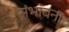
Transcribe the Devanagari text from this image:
संभाबना